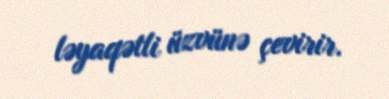
ləyaqətli üzvünə çevirir.